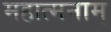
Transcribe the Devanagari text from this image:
महात्मनाम्